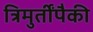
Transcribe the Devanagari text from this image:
त्रिमुर्तींपैकी